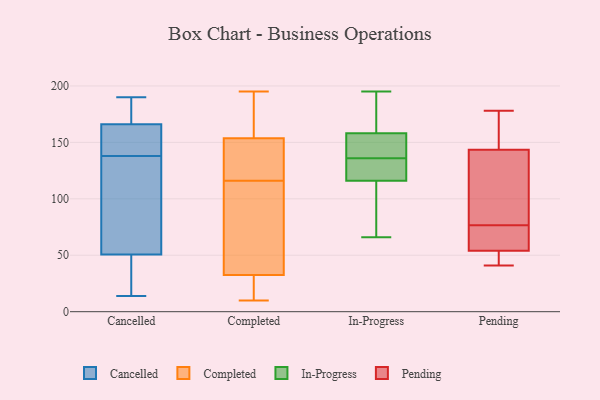
{"axis": {"x": "Population (Million)", "y": "Value"}, "legend": ["Cancelled", "Completed", "In-Progress", "Pending"], "data": [{"x": "", "y": 162, "type": "Cancelled"}, {"x": "", "y": 182, "type": "Cancelled"}, {"x": "", "y": 32, "type": "Cancelled"}, {"x": "", "y": 41, "type": "Cancelled"}, {"x": "", "y": 14, "type": "Cancelled"}, {"x": "", "y": 138, "type": "Cancelled"}, {"x": "", "y": 75, "type": "Cancelled"}, {"x": "", "y": 54, "type": "Cancelled"}, {"x": "", "y": 145, "type": "Cancelled"}, {"x": "", "y": 140, "type": "Cancelled"}, {"x": "", "y": 66, "type": "Cancelled"}, {"x": "", "y": 190, "type": "Cancelled"}, {"x": "", "y": 178, "type": "Cancelled"}, {"x": "", "y": 116, "type": "Completed"}, {"x": "", "y": 147, "type": "Completed"}, {"x": "", "y": 71, "type": "Completed"}, {"x": "", "y": 194, "type": "Completed"}, {"x": "", "y": 135, "type": "Completed"}, {"x": "", "y": 91, "type": "Completed"}, {"x": "", "y": 23, "type": "Completed"}, {"x": "", "y": 142, "type": "Completed"}, {"x": "", "y": 159, "type": "Completed"}, {"x": "", "y": 32, "type": "Completed"}, {"x": "", "y": 17, "type": "Completed"}, {"x": "", "y": 25, "type": "Completed"}, {"x": "", "y": 10, "type": "Completed"}, {"x": "", "y": 193, "type": "Completed"}, {"x": "", "y": 56, "type": "Completed"}, {"x": "", "y": 34, "type": "Completed"}, {"x": "", "y": 146, "type": "Completed"}, {"x": "", "y": 156, "type": "Completed"}, {"x": "", "y": 195, "type": "Completed"}, {"x": "", "y": 195, "type": "In-Progress"}, {"x": "", "y": 155, "type": "In-Progress"}, {"x": "", "y": 135, "type": "In-Progress"}, {"x": "", "y": 137, "type": "In-Progress"}, {"x": "", "y": 116, "type": "In-Progress"}, {"x": "", "y": 190, "type": "In-Progress"}, {"x": "", "y": 102, "type": "In-Progress"}, {"x": "", "y": 158, "type": "In-Progress"}, {"x": "", "y": 125, "type": "In-Progress"}, {"x": "", "y": 66, "type": "In-Progress"}, {"x": "", "y": 164, "type": "Pending"}, {"x": "", "y": 178, "type": "Pending"}, {"x": "", "y": 51, "type": "Pending"}, {"x": "", "y": 134, "type": "Pending"}, {"x": "", "y": 152, "type": "Pending"}, {"x": "", "y": 63, "type": "Pending"}, {"x": "", "y": 52, "type": "Pending"}, {"x": "", "y": 59, "type": "Pending"}, {"x": "", "y": 105, "type": "Pending"}, {"x": "", "y": 45, "type": "Pending"}, {"x": "", "y": 174, "type": "Pending"}, {"x": "", "y": 135, "type": "Pending"}, {"x": "", "y": 56, "type": "Pending"}, {"x": "", "y": 70, "type": "Pending"}, {"x": "", "y": 41, "type": "Pending"}, {"x": "", "y": 83, "type": "Pending"}, {"x": "", "y": 69, "type": "Pending"}, {"x": "", "y": 46, "type": "Pending"}, {"x": "", "y": 93, "type": "Pending"}, {"x": "", "y": 164, "type": "Pending"}]}